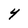
Character: Y